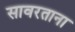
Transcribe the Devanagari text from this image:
सावरताना